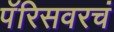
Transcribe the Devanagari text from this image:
पॅरिसवरचं